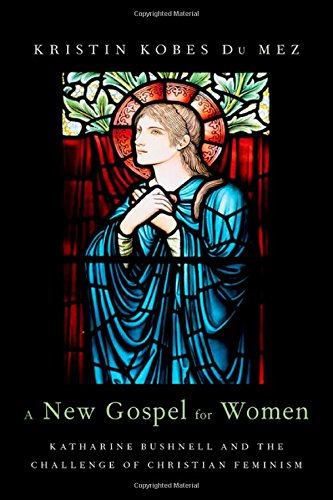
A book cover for A New Gospel for Women: Katharine Bushnell and the Challenge of Christian Feminism; Kristin Kobes Du Mez; Religion & Spirituality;